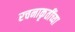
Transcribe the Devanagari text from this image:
रचनाकृतींच्या